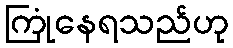
ကြုံနေရသည်ဟု